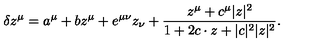
\delta z ^ { \mu } = a ^ { \mu } + b z ^ { \mu } + e ^ { \mu \nu } z _ { \nu } + \frac { z ^ { \mu } + c ^ { \mu } | z | ^ { 2 } } { 1 + 2 c \cdot z + | c | ^ { 2 } | z | ^ { 2 } } .